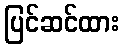
ပြင်ဆင်ထား